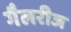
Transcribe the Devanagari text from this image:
गैलरीज